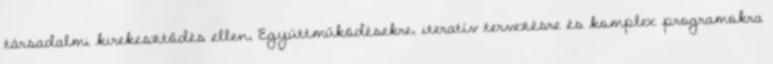
társadalmi kirekesztődés ellen, Együttműködésekre, iteratív tervezésre és komplex programokra